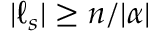
| { \boldsymbol { \ell } } _ { s } | \geq n / | { \boldsymbol { \alpha } } |